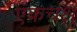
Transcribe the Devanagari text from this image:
एकचक्षु